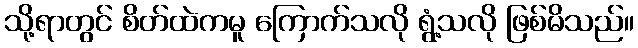
သို့ရာတွင် စိတ်ထဲကမူ ကြောက်သလို ရွံ့သလို ဖြစ်မိသည်။